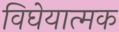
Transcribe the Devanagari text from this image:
विघेयात्मक